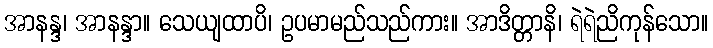
အာနန္ဒ၊ အာနန္ဒာ။ သေယျထာပိ၊ ဥပမာမည်သည်ကား။ အာဒိတ္တာနိ၊ ရဲရဲညိကုန်သော။